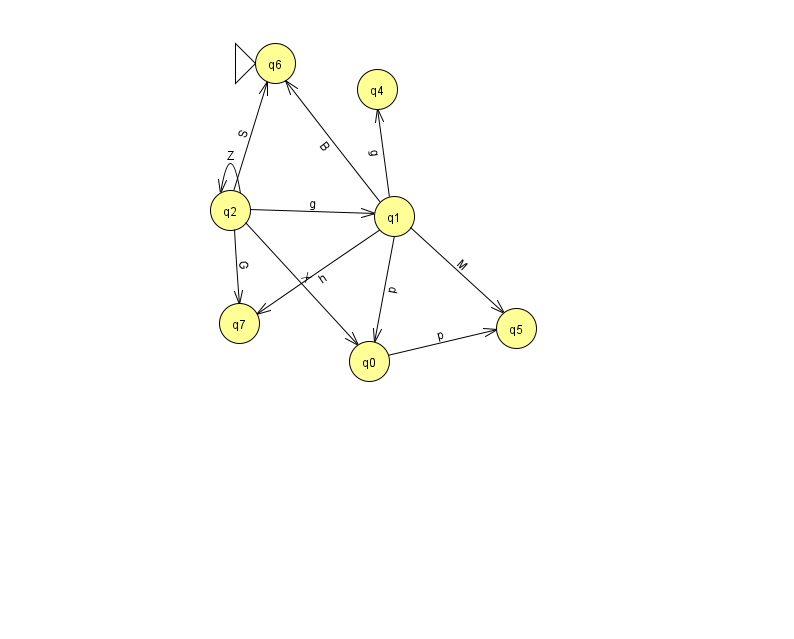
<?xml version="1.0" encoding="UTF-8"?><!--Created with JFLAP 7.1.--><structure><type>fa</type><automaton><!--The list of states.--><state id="0" name="q0"><x>369.0</x><y>348.0</y></state><state id="1" name="q1"><x>394.0</x><y>203.0</y></state><state id="2" name="q2"><x>230.0</x><y>197.0</y></state><state id="4" name="q4"><x>377.0</x><y>76.0</y></state><state id="5" name="q5"><x>516.0</x><y>315.0</y></state><state id="6" name="q6"><x>275.0</x><y>50.0</y><initial/></state><state id="7" name="q7"><x>239.0</x><y>310.0</y></state><!--The list of transitions.--><transition><from>1</from><to>7</to><read>h</read></transition><transition><from>1</from><to>6</to><read>B</read></transition><transition><from>2</from><to>7</to><read>G</read></transition><transition><from>1</from><to>0</to><read>p</read></transition><transition><from>2</from><to>0</to><read>X</read></transition><transition><from>2</from><to>2</to><read>Z</read></transition><transition><from>1</from><to>5</to><read>M</read></transition><transition><from>1</from><to>4</to><read>g</read></transition><transition><from>2</from><to>6</to><read>S</read></transition><transition><from>0</from><to>5</to><read>p</read></transition><transition><from>2</from><to>1</to><read>g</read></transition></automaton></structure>